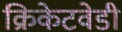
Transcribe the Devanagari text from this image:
क्रिकेटवेडी